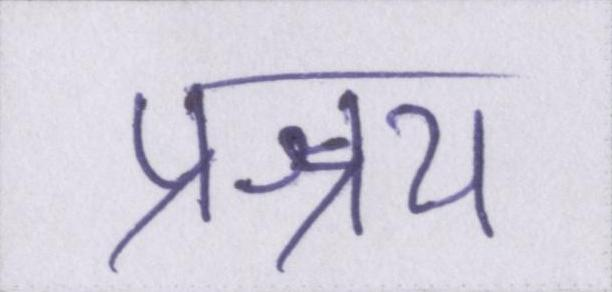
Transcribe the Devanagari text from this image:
प्रश्रय